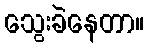
သွေးခဲနေတာ။